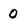
Character: 0